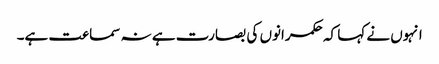
انہوں نے کہا کہ حکمرانوں کی بصارت ہے نہ سماعت ہے۔